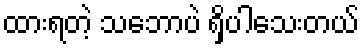
ထားရတဲ့ သဘောပဲ ရှိပါသေးတယ်